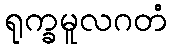
ရုက္ခမူလဂတံ